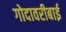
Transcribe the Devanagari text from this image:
गोदावरीबाई